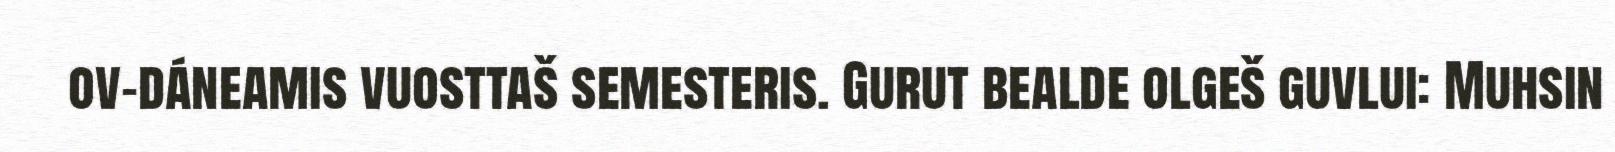
ov-dáneamis vuosttaš semesteris. Gurut bealde olgeš guvlui: Muhsin